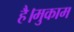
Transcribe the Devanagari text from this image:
है।मुकाम